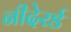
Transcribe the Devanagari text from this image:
नीदेरर्ड